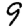
Digit: 9